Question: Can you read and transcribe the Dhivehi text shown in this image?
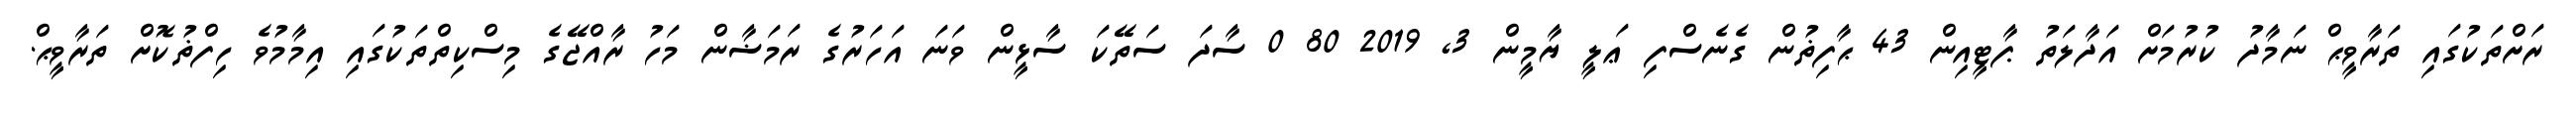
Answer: ރަށްތަކުގައި ތަރާވީޙް ނަމާދު ކުރުމަށް އަދާލަތު ޕާޓީއިން 43 ޙާފިޡުން ގެނެސްފި ޢަލީ ޔާމީން 3, 2019 80 0 ސާދަ ސަތޭކަ ސާޅީން ވަނަ އަހަރުގެ ރަމަޟާން މަހު ރާއްޖޭގެ މިސްކިތްތަކުގައި އިމާމުވެ ހިފްޡުކޮށް ތަރާވީޙް.